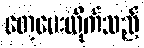
တေ့ပေးလိုက်သည်